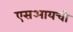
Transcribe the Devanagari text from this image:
एसआयची